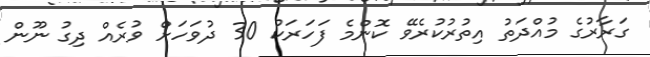
ގަރާރުގެ މުއްދަތު އިތުރުކުރެވޭ ކޮންމެ ފަހަރަކު 30 ދުވަހަށް ވުރެއް ދިގު ނޫން